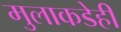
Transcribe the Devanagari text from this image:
मुलाकडेही